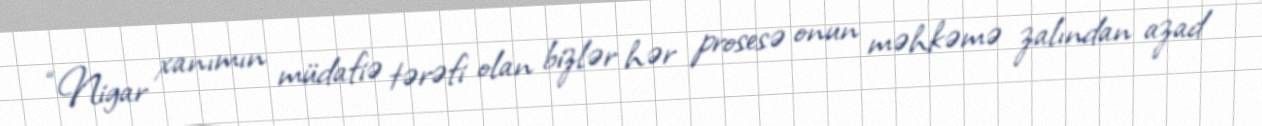
“Nigar xanımın müdafiə tərəfi olan bizlər hər prosesə onun məhkəmə zalından azad